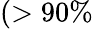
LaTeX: (>90\%